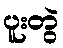
ပူးတွဲ